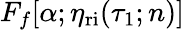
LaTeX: F_{f}[\alpha;\eta_{\mathrm{ri}}(\tau_{1};n)]